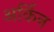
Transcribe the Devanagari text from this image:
अर्किन